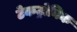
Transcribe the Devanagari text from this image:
टेकट्रोनिक